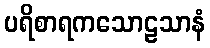
ပရိစာရကသောဠသာနံ